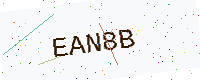
Text: EAN8B